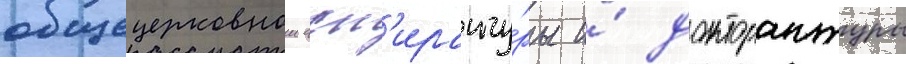
общецерковнои асп'иранту́ры и́ докторантуры